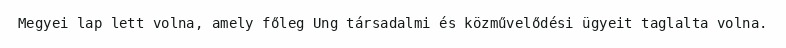
Megyei lap lett volna, amely főleg Ung társadalmi és közművelődési ügyeit taglalta volna.